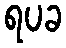
ရပခ